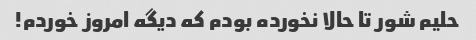
حلیم شور تا حالا نخورده بودم که دیگه امروز خوردم!